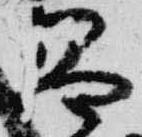
昌